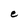
Character: e